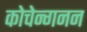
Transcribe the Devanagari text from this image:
कोचेन्गनन